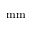
\mathrm { m m }